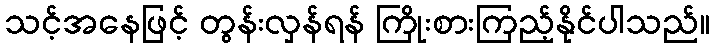
သင့်အနေဖြင့် တွန်းလှန်ရန် ကြိုးစားကြည့်နိုင်ပါသည်။